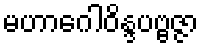
မဟာဂေါဝိန္ဒပဗ္ဗဇ္ဇာ